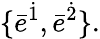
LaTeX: \{ \bar{e}^{\dot{1}},\bar{e}^{\dot{2}}\} .